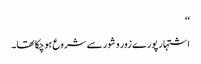
‘‘
اشتہار پورے زور و شور سے شروع ہوچکا تھا۔